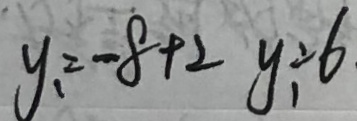
y _ { 1 } = - 8 + 2 y \div 6